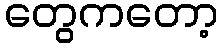
တွေကတော့